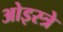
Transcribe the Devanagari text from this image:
ओइस्त्रे